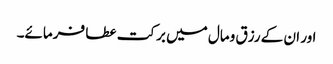
اور ان کے رزق ومال میں برکت عطا فرمائے۔